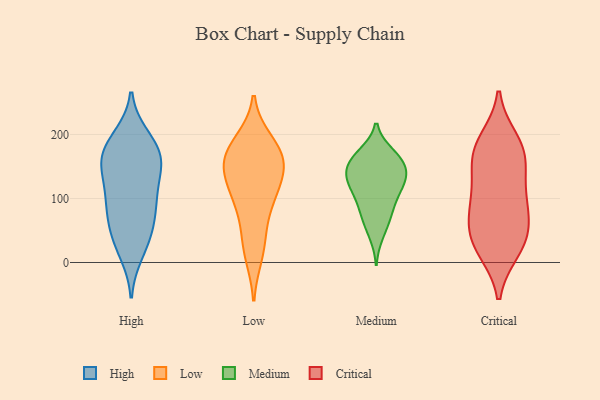
{"axis": {"x": "Churn Rate (%)", "y": "Value"}, "legend": ["Critical", "High", "Low", "Medium"], "data": [{"x": "", "y": 22, "type": "High"}, {"x": "", "y": 116, "type": "High"}, {"x": "", "y": 100, "type": "High"}, {"x": "", "y": 14, "type": "High"}, {"x": "", "y": 195, "type": "High"}, {"x": "", "y": 101, "type": "High"}, {"x": "", "y": 181, "type": "High"}, {"x": "", "y": 95, "type": "High"}, {"x": "", "y": 197, "type": "High"}, {"x": "", "y": 47, "type": "High"}, {"x": "", "y": 161, "type": "High"}, {"x": "", "y": 159, "type": "High"}, {"x": "", "y": 59, "type": "High"}, {"x": "", "y": 145, "type": "High"}, {"x": "", "y": 145, "type": "High"}, {"x": "", "y": 165, "type": "High"}, {"x": "", "y": 77, "type": "High"}, {"x": "", "y": 166, "type": "High"}, {"x": "", "y": 52, "type": "High"}, {"x": "", "y": 109, "type": "Low"}, {"x": "", "y": 83, "type": "Low"}, {"x": "", "y": 178, "type": "Low"}, {"x": "", "y": 139, "type": "Low"}, {"x": "", "y": 110, "type": "Low"}, {"x": "", "y": 156, "type": "Low"}, {"x": "", "y": 189, "type": "Low"}, {"x": "", "y": 154, "type": "Low"}, {"x": "", "y": 12, "type": "Low"}, {"x": "", "y": 38, "type": "Low"}, {"x": "", "y": 165, "type": "Low"}, {"x": "", "y": 170, "type": "Medium"}, {"x": "", "y": 43, "type": "Medium"}, {"x": "", "y": 169, "type": "Medium"}, {"x": "", "y": 88, "type": "Medium"}, {"x": "", "y": 115, "type": "Medium"}, {"x": "", "y": 140, "type": "Medium"}, {"x": "", "y": 150, "type": "Medium"}, {"x": "", "y": 139, "type": "Medium"}, {"x": "", "y": 99, "type": "Medium"}, {"x": "", "y": 158, "type": "Medium"}, {"x": "", "y": 68, "type": "Medium"}, {"x": "", "y": 130, "type": "Medium"}, {"x": "", "y": 71, "type": "Medium"}, {"x": "", "y": 160, "type": "Medium"}, {"x": "", "y": 118, "type": "Medium"}, {"x": "", "y": 125, "type": "Medium"}, {"x": "", "y": 48, "type": "Critical"}, {"x": "", "y": 173, "type": "Critical"}, {"x": "", "y": 178, "type": "Critical"}, {"x": "", "y": 20, "type": "Critical"}, {"x": "", "y": 103, "type": "Critical"}, {"x": "", "y": 120, "type": "Critical"}, {"x": "", "y": 24, "type": "Critical"}, {"x": "", "y": 57, "type": "Critical"}, {"x": "", "y": 170, "type": "Critical"}, {"x": "", "y": 190, "type": "Critical"}, {"x": "", "y": 30, "type": "Critical"}, {"x": "", "y": 87, "type": "Critical"}, {"x": "", "y": 150, "type": "Critical"}, {"x": "", "y": 82, "type": "Critical"}]}